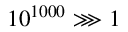
1 0 ^ { 1 0 0 0 } \ggg 1